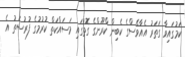
ކަމުގައިވާ ގަތަރު އެއާވޭސްގެ ކެބިން ކްރޫންގެ ގޮތުގައި މަސައްކަތް ކުރުމުގެ ފުރުސަތު އެ